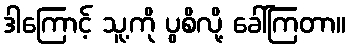
ဒါကြောင့် သူ့ကို ပွစိလို့ ခေါ်ကြတာ။